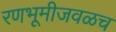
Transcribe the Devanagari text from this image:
रणभूमीजवळच